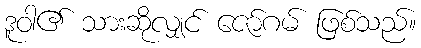
ဒူဝါ၏ သားဆိုလျှင် ဇော်ဂမ် ဖြစ်သည်။